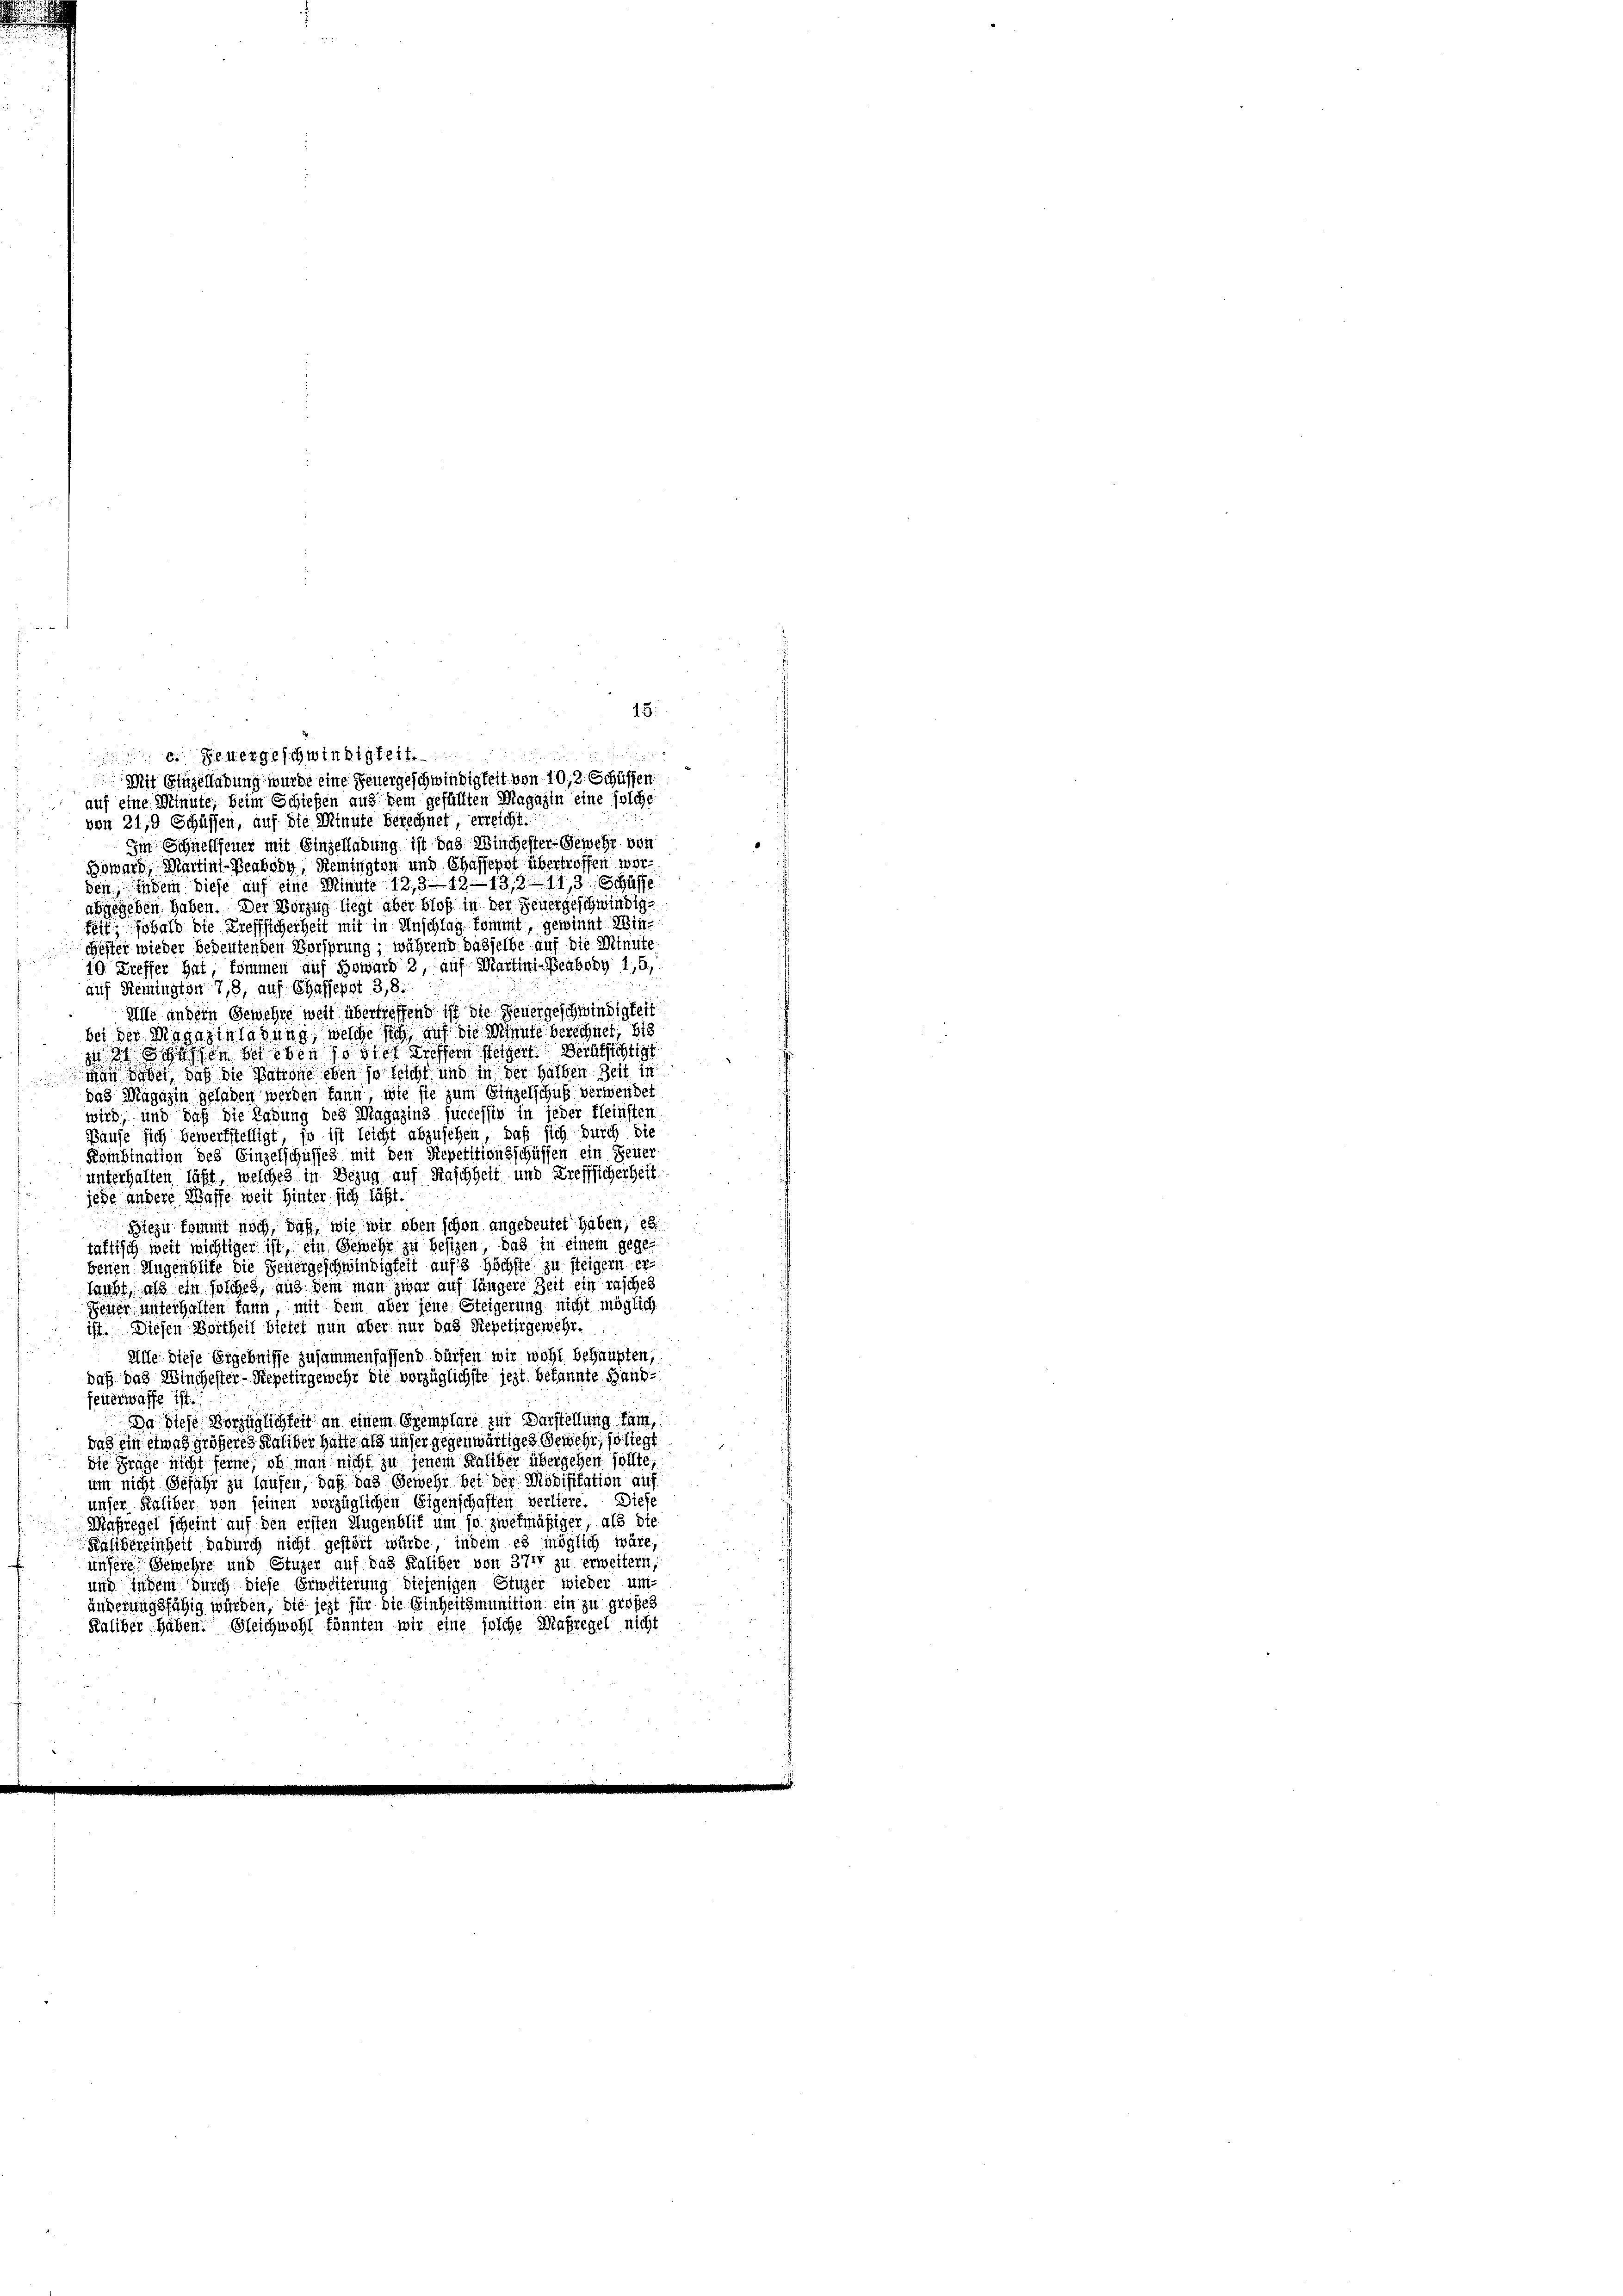
von 21, Schüffen, auf die Minute berechnet, erreicht.
Im Schnellfeuer mit Einzelladung ist das Windester-Gewehr von
Böward, Martini-Beabody, Remington und Chaffepst übertroffen werden, indem diese auf eine Minute 133—13- 138. 113 Sc
abgegeben haben. Der Vorzug liegt aber bloß in der Feuergeschwindig
fest bald die Treffsicherheit mit in Anschlag kommt, gewinnt Win¬
Gester wieder bedeutenden Vorsprung; während dasselbe auf die Minute
10. Kreffer hat, kommen auf Howard 2, auf Martini-Beaboby 1,6,
auf Remington 7,8, auf Chaffepst 3,8.
Alle andern Gewehre weit übertreffend ist die Feuergeschwindigkeit
bei der Magazinladung, welche sich auf die Minute berechnet, bis
in dassen beleben so viel treffern steigen Berufsichtigt
n dabei, daß die Patrone eben so leicht und in der halben Zeit in
das Magazin geladen werden kann, wie sie zum Einzelschuß verwendet
wird, und daß die Ladung des Magazing successiv in jeder Kleinsten
Baufe sich bewerkstelligt, so ist leicht abzusehen, daß sich durch die
Kombination des Einzelschusses mit den Repetitionsschüssen ein Feuer-
unterhalten läßt, welches in Bezug auf Raschheit und Trefflicherheit.
jede andere Waffe weit Hinter sich läßt.
Biezu kommt noch, daß, wie wir oben schon angebeutet haben, es
tättisch weit wichtiger ist, ein Gewehr zu besizen, das in einem gegen
benen Augenblice die Genergeschwindigkeit aufs höchste zu steigern erlaubt, als ein solches, aus dem man zwar auf längere Zeit ein rasches
Seiter unterhalten kann mit dem aber jene Steigerung nicht möglich
ist. Diesen Vortheil bietet nun aber nur das Siepetirgewehr-
Alle diese Ergebnisse zusammenfassend dürfen wir wohl behaupten,
daß das Winchester- Repetirgemehr die vorzüglichste jezt bekannte Handfeuerwaffe ist.
Da diese Vorzüglichkeit an einem Exemplare zur Darstellung kam,
das ein etwas größeres Saliber hatte als unser gegenwärtiges Gewehr, so liegt
die Frage nicht ferne, ob man nicht zu jenem Kaliber übergehen sollte,
um nicht Gefähr zu laufen, daß das Gewehr bei der Modifikation auf
unser Kaliber von seinen vorzüglichen Eigenschaften verliere. Diese
Maßregel scheint auf den ersten Augenblit um so zwekmäßiger, als die
Kalibereinheit dadurch nicht gestört würde, indem es möglich wäre,
unsere Gewehre und Stuger auf das Kaliber von 371 zu erweitern,
und indem Durch diese Erweiterung diejenigen Stuzer wieder um-
änderungsfähig würden, die jezt für die Einheitsmunition ein zu großes
Kaliber haben. Gleichwohl könnten wir eine solche Maßregel nicht

13.
 Feuergeschwindigkeit
Mit Einzelladung wurde eine Feuergeschwindigkeit von 10, 2. Schüssen.
auf eine Minute, beim Schießen aus dem gefüllten Magazin eine solche